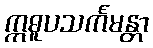
ဣဓူပသင်္ကမန္တာ